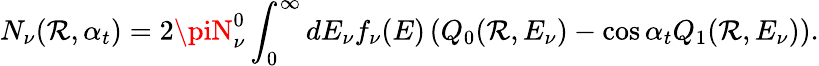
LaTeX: N_{\nu}(\mathcal{R},\alpha_{t})=2\piN_{\nu}^{0}\int_{0}^{\infty}dE_{\nu}f_{\nu}(E)\left(Q_{0}(\mathcal{R},E_{\nu})-\cos\alpha_{t}Q_{1}(\mathcal{R},E_{\nu})\right).